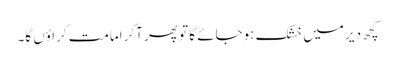
کچھ دیر میں خشک ہوجائے گا تو پھر آکر امامت کراؤں گا۔